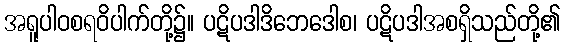
အရူပါဝစရဝိပါက်တို့၌။ ပဋိပဒါဒိဘေဒေါစ၊ ပဋိပဒါအစရှိသည်တို့၏